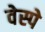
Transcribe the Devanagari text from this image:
वेस्पे